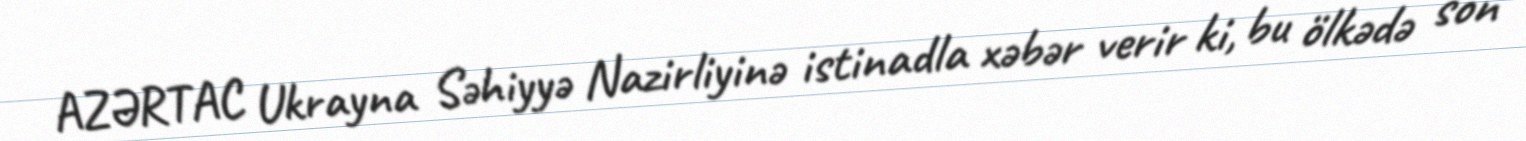
AZƏRTAC Ukrayna Səhiyyə Nazirliyinə istinadla xəbər verir ki, bu ölkədə son